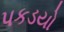
પકડયો